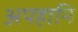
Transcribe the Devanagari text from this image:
अपहानि